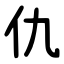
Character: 仇